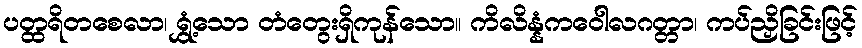
ပတ္ထရိတစေလာ၊ ရွှံ့သော တံတွေးရှိကုန်သော။ ကိလိန္နံကဝေါလဂတ္တာ၊ ကပ်ညှိခြင်းဖြင့်